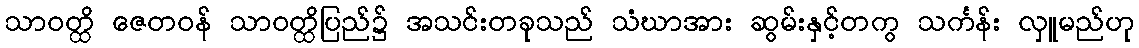
သာဝတ္ထိ ဇေတဝန် သာဝတ္ထိပြည်၌ အသင်းတခုသည် သံဃာအား ဆွမ်းနှင့်တကွ သင်္ကန်း လှူမည်ဟု